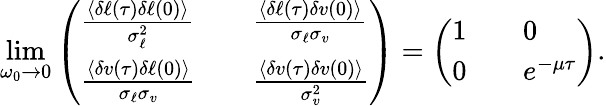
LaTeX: \operatorname*{lim}_{\omega_{0}\to 0}\left(\begin{array}{lll}{\frac{\langle\delta\ell(\tau)\delta\ell(0)\rangle}{\sigma_{\ell}^{2}}}&&{\frac{\langle\delta\ell(\tau)\delta v(0)\rangle}{\sigma_{\ell}\sigma_{v}}}\\ {\frac{\langle\delta v(\tau)\delta\ell(0)\rangle}{\sigma_{\ell}\sigma_{v}}}&&{\frac{\langle\delta v(\tau)\delta v(0)\rangle}{\sigma_{v}^{2}}}\end{array}\right)=\left(\begin{array}{lll}{1}&&{0}\\ {0}&&{e^{-\mu\tau}}\end{array}\right).